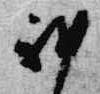
雅